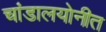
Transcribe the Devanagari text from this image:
चांडालयोनीत